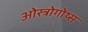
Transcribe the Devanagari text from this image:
ओस्त्रोगोथ्स